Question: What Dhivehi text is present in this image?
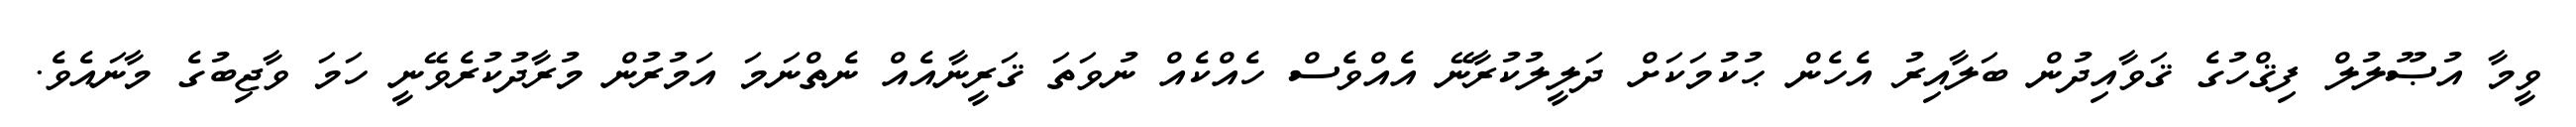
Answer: ވީމާ އުޞޫލުލް ފިޤްހުގެ ޤަވާއިދުން ބަލާއިރު އެހެން ޙުކުމަކަށް ދަލީލުކުރާނޭ އެއްވެސް ހެއްކެއް ނުވަތަ ޤަރީނާއެއް ނެތްނަމަ އަމުރުން މުރާދުކުރެވޭނީ ހަމަ ވާޖިބުގެ މާނައެވެ.